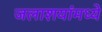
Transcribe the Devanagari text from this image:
जलाशयांमध्ये